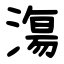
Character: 漡